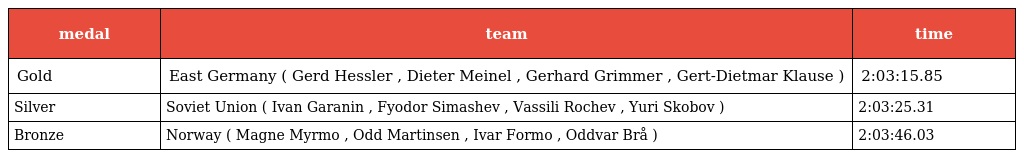
| medal | team | time |
 | --- | --- | --- |
 | Gold | East Germany ( Gerd Hessler , Dieter Meinel , Gerhard Grimmer , Gert-Dietmar Klause ) | 2:03:15.85 |
 | Silver | Soviet Union ( Ivan Garanin , Fyodor Simashev , Vassili Rochev , Yuri Skobov ) | 2:03:25.31 |
 | Bronze | Norway ( Magne Myrmo , Odd Martinsen , Ivar Formo , Oddvar Brå ) | 2:03:46.03 |